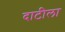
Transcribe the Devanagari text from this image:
दाटीला